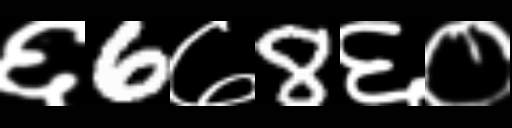
Text: ६6७8६०